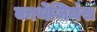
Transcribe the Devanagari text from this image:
कार्थेजियंस